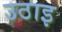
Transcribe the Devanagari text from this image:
उठाइ